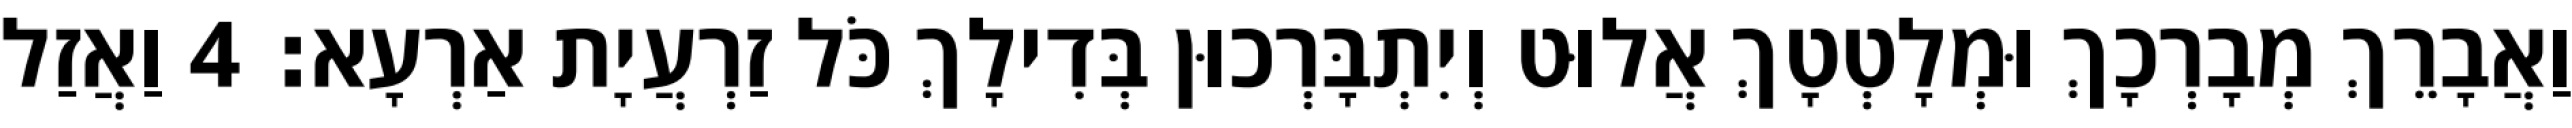
וַאֲבָרֵךְ מְבָרְכָךְ וּמְלָטְטָךְ אֲלוּט וְיִתְבָּרְכוּן בְּדִילָךְ כֹּל זַרְעֲיָת אַרְעָא׃ 4 וַאֲזַל